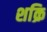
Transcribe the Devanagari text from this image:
शक्रि